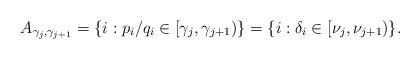
LaTeX: \begin{align*}A_{\gamma_j,\gamma_{j+1}} = \{i : p_i/q_i \in [\gamma_j, \gamma_{j+1})\} = \{i : \delta_i \in [\nu_j, \nu_{j+1})\}.\end{align*}